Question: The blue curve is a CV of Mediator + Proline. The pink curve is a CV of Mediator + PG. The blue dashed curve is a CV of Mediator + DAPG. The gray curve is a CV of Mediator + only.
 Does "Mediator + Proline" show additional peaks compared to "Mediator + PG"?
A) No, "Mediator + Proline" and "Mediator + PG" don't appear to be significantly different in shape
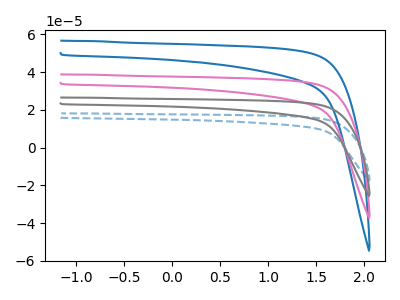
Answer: <think>The blue curve "Mediator + Proline" has no peaks. The pink curve "Mediator + PG" has no peaks. The blue dashed curve "Mediator + DAPG" has no peaks. The gray curve "Mediator + only" has no peaks.
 Neither "Mediator + Proline" or "Mediator + PG" have any peaks.</think>
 <answer>A) No, "Mediator + Proline" and "Mediator + PG" don't appear to be significantly different in shape</answer>
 <eval>A</eval>